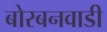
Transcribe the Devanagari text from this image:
बोरबनवाडी